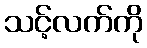
သင့်လက်ကို